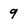
Character: 9